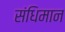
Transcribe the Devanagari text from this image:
संधिमान